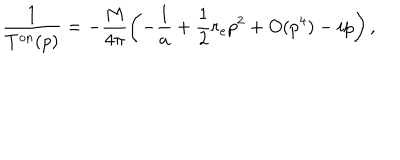
LaTeX: \frac { 1 } { T ^ { \mathrm { { o n } } } ( p ) } = - \frac { M } { 4 \pi } \left( - \frac { 1 } { a } + \frac { 1 } { 2 } r _ { e } p ^ { 2 } + O ( { p ^ { 4 } } ) - i p \right) ,